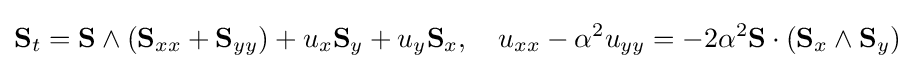
\displaystyle \mathbf {S} _{t}=\mathbf {S} \wedge \left(\mathbf {S} _{xx}+\mathbf {S} _{yy}\right)+u_{x}\mathbf {S} _{y}+u_{y}\mathbf {S} _{x},\quad \displaystyle u_{xx}-\alpha ^{2}u_{yy}=-2\alpha ^{2}\mathbf {S} \cdot \left(\mathbf {S} _{x}\wedge \mathbf {S} _{y}\right)